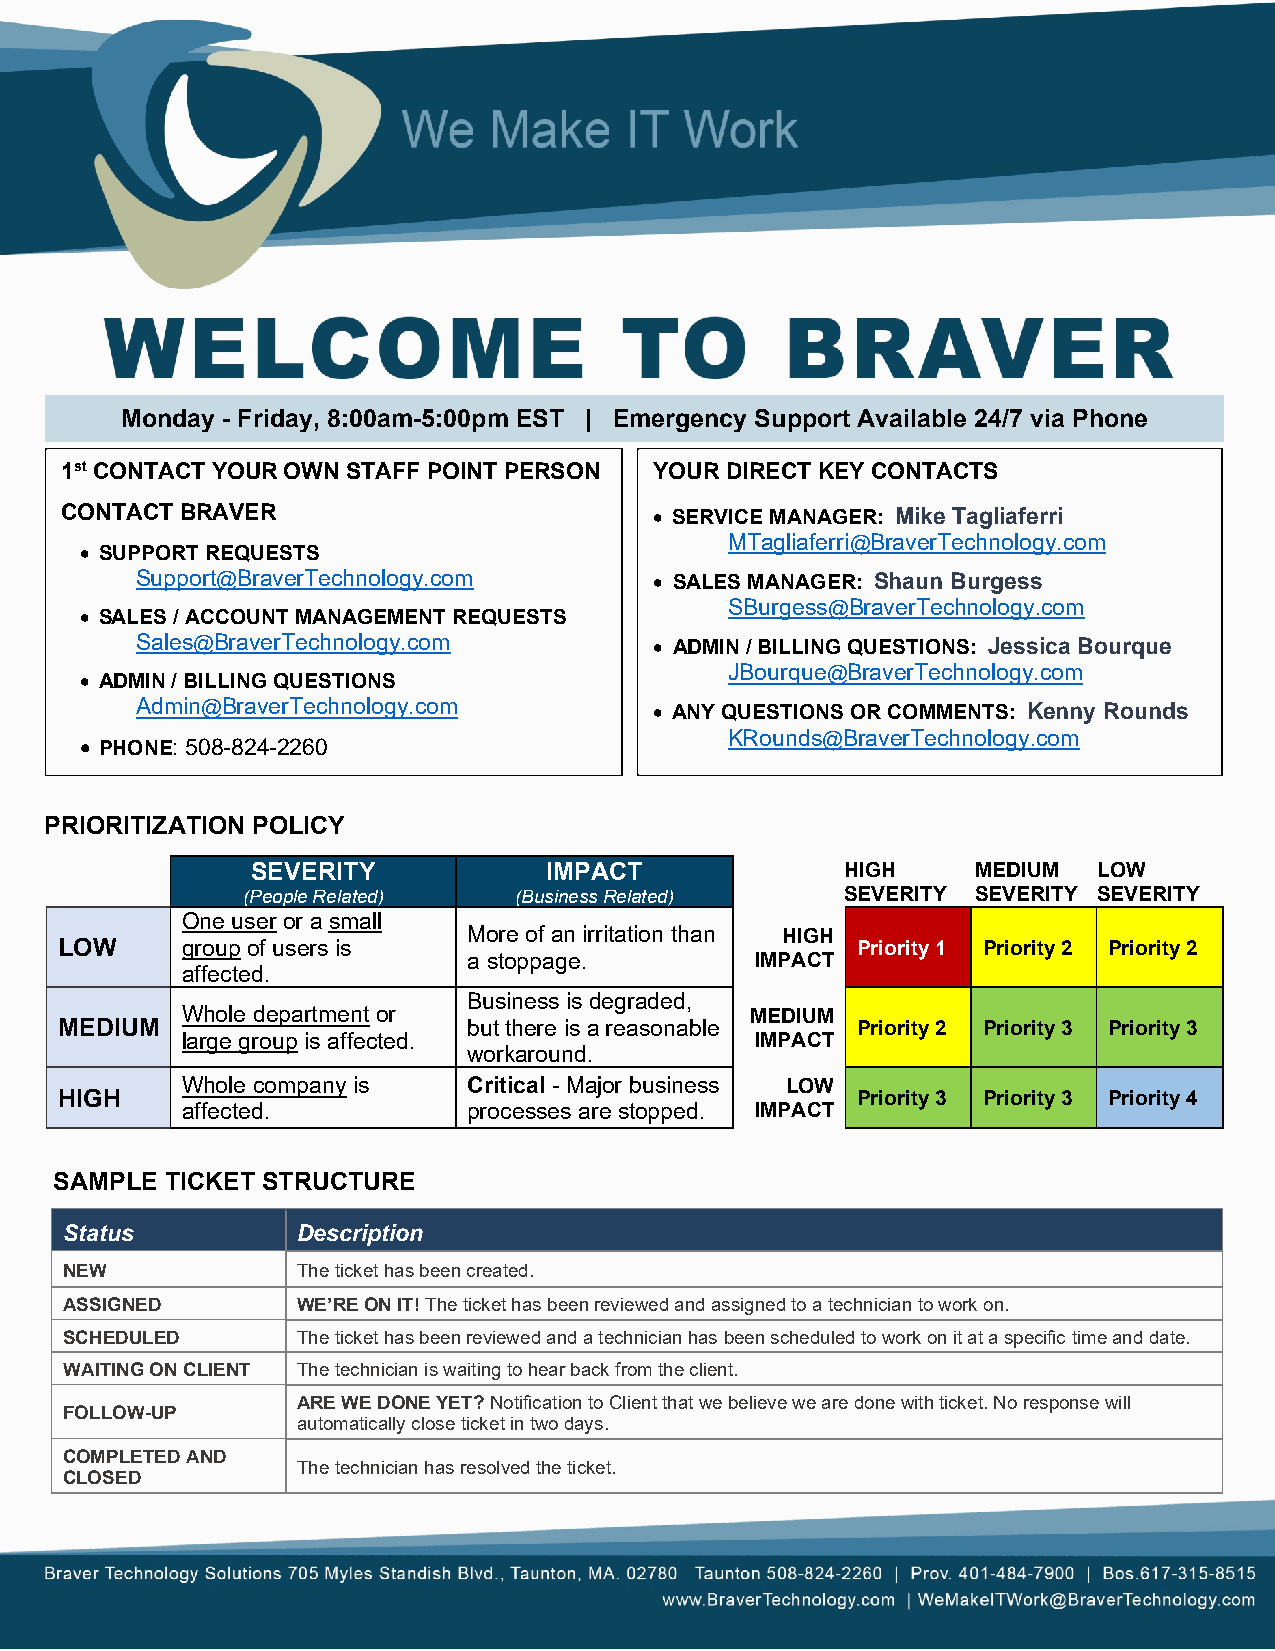
Monday - Friday, 8:00am-5:00pm EST | Emergency Support Available 24/7 via Phone
 1st CONTACT YOUR OWN STAFF POINT PERSON YOUR DIRECT KEY CONTACTS
 CONTACT BRAVER                         • SERVICE MANAGER: Mike Tagliaferri
 MTagliaferri@BraverTechnology.com
 • SUPPORT REQUESTS
 Support@BraverTechnology.com      • SALES MANAGER: Shaun Burgess
 SBurgess@BraverTechnology.com
 • SALES / ACCOUNT MANAGEMENT REQUESTS
 Sales@BraverTechnology.com        • ADMIN / BILLING QUESTIONS: Jessica Bourque
 • ADMIN / BILLING QUESTIONS
 JBourque@BraverTechnology.com
 Admin@BraverTechnology.com        • ANY QUESTIONS OR COMMENTS: Kenny Rounds
 • PHONE: 508-824-2260
 KRounds@BraverTechnology.com
 PRIORITIZATION POLICY
 SEVERITY           IMPACT              HIGH     MEDIUM  LOW
 (People Related)  (Business Related)    SEVERITY SEVERITY SEVERITY
 One user or a small
 More of an irritation than HIGH
 LOW     group of users is                            Priority 1 Priority 2 Priority 2
 a stoppage.        IMPACT
 affected.
 Business is degraded,
 Whole department or                   MEDIUM
 MEDIUM                     but there is a reasonable Priority 2 Priority 3 Priority 3
 large group is affected.              IMPACT
 workaround.
 Whole company is   Critical - Major business LOW
 HIGH                                                 Priority 3 Priority 3 Priority 4
 affected.          processes are stopped. IMPACT
 SAMPLE TICKET STRUCTURE
 Status          Description
 NEW             The ticket has been created.
 ASSIGNED        WE’RE ON IT! The ticket has been reviewed and assigned to a technician to work on.
 SCHEDULED       The ticket has been reviewed and a technician has been scheduled to work on it at a specific time and date.
 WAITING ON CLIENT The technician is waiting to hear back from the client.
 ARE WE DONE YET? Notification to Client that we believe we are done with ticket. No response will
 FOLLOW-UP
 automatically close ticket in two days.
 COMPLETED AND
 The technician has resolved the ticket.
 CLOSED